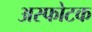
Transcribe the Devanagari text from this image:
अस्फोटक